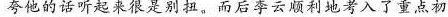
夸他的话听起来很是别扭。而后李云顺利地考入了重点初